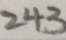
2 4 3 - 2 0 5 = 3 8